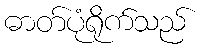
ဓာတ်ပုံရိုက်သည်